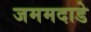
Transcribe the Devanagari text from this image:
जममदाडे